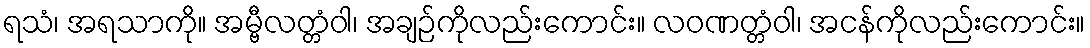
ရသံ၊ အရသာကို။ အမ္ဗီလတ္တံဝါ၊ အချဉ်ကိုလည်းကောင်း။ လဝဏတ္တံဝါ၊ အငန်ကိုလည်းကောင်း။